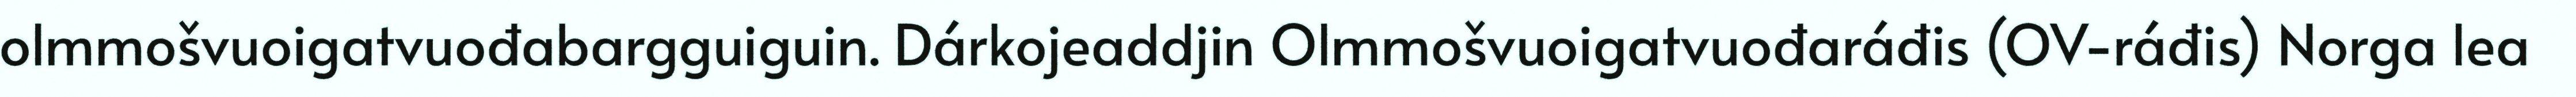
olmmošvuoigatvuođabargguiguin. Dárkojeaddjin Olmmošvuoigatvuođaráđis (OV-ráđis) Norga lea